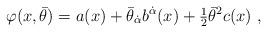
LaTeX: \begin{align*}\varphi(x,\bar \theta)=a(x)+\bar \theta_{\dot{\alpha}}b^{\dot{\alpha}}(x)+{\mbox{\small{$\frac12$}}}\bar \theta^2 c(x)\ ,\end{align*}